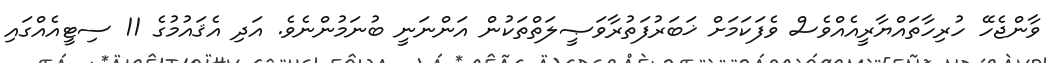
ވާންޖެހޭ ހުރިހާތައްޔާރީއެއްވެސް ވެފަކަމަށް ޚަބަރުފަތުރާވަޞީލަތްތަކުން އަންނަނީ ބުނަމުންނެވެ. އަދި އެޤައުމުގެ 11 ސިޓީއެއްގައި